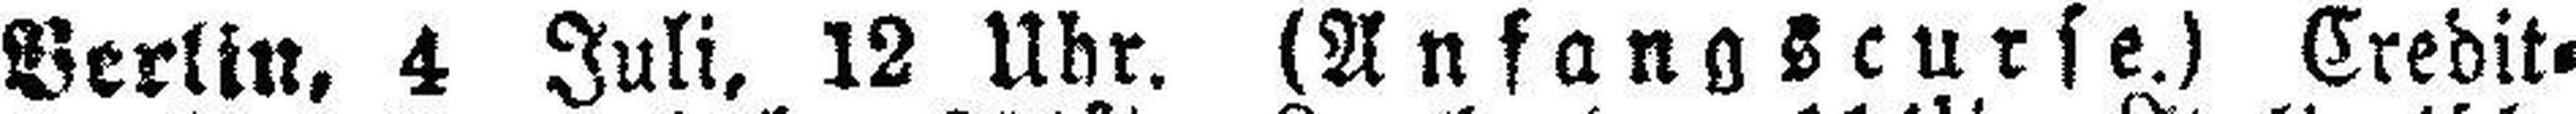
Berlin, 4 Juli, 12 Uhr. (Anfangscurse.) Credit¬